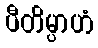
ပီတိမ္ပာဟံ